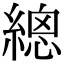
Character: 𦃞